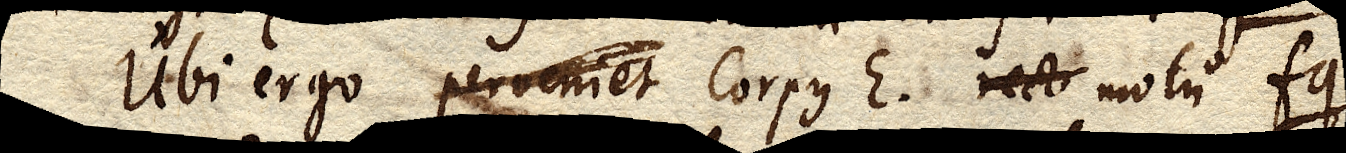
Ubi ergo perveniet Corpus E. recto motu fg